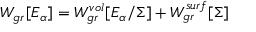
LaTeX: W _ { g r } [ E _ { \alpha } ] = W _ { g r } ^ { v o l } [ E _ { \alpha } / \Sigma ] + W _ { g r } ^ { s u r f } [ \Sigma ]